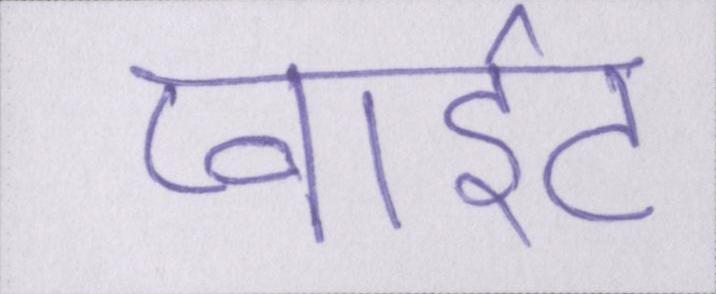
प्वाइंट